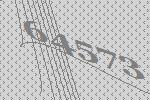
64573